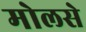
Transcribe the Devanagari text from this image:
मोलसे